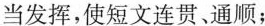
当发挥，使短文连贯、通顺；